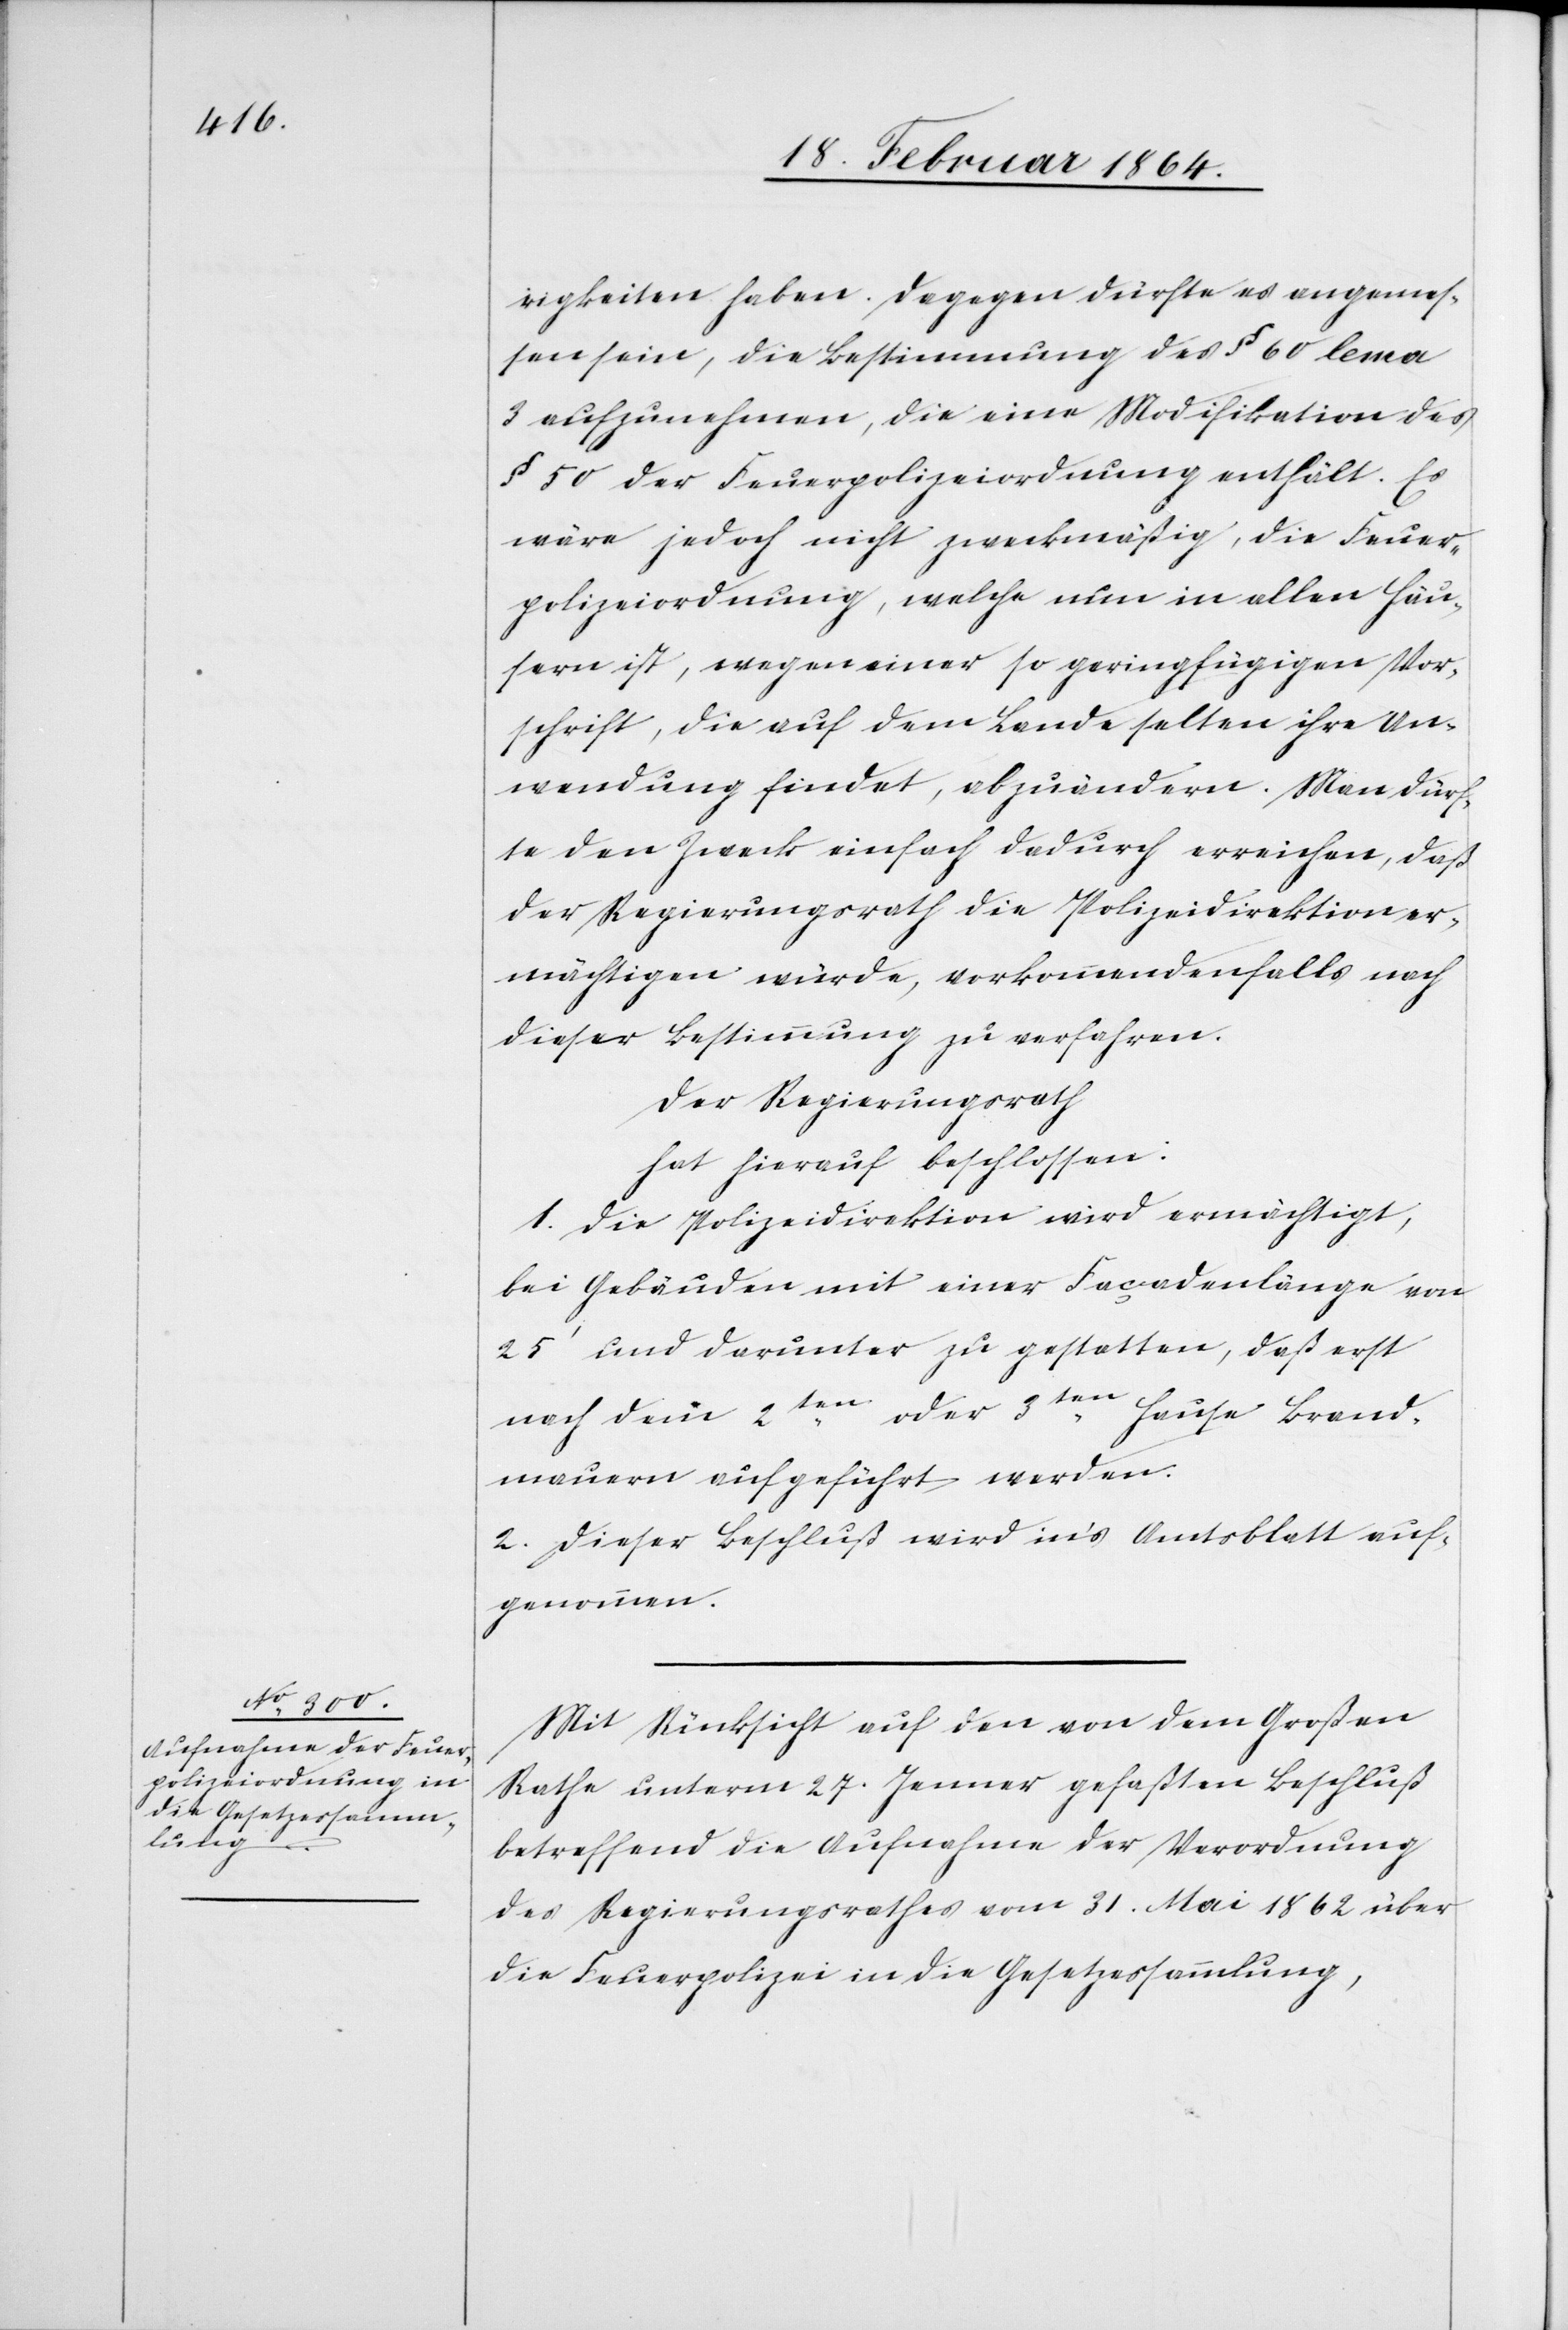
rigkeiten haben. Dagegen dürfte es angemes¬
sen sein, die Bestimmung des § 60 lema
3 aufzunehmen, die eine Modifikation des
§ 50 der Feuerpolizeiordnung enthält. Es
wäre jedoch nicht zweckmäßig, die Feuer¬
polizeiordnung, welche nun in allen Häu¬
sern ist, wegen einer so geringfügigen Vor¬
schrift, die auf dem Lande selten ihre An¬
wendung findet, abzuändern. Man dürf¬
te den Zweck einfach dadurch erreichen, daß
der Regierungsrath die Polizeidirektion er¬
mächtigen würde, vorkommendenfalls nach
dieser Bestimmung zu verfahren.
Der Regierungsrath
hat hierauf beschlossen:
1. Die Polizeidirektion wird ermächtigt,
bei Gebäuden mit einer Façadenlänge von
25’ und darunter zu gestatten, daß erst
nach dem 2ten oder 3ten Hause Brand¬
mauern aufgeführt werden.
2. Dieser Beschluß wird in’s Amtsblatt auf¬
genommen.
Mit Rücksicht auf den von dem Großen
Rathe unterm 27. Januar gefaßten Beschluß
betreffend die Aufnahme der Verordnung
des Regierungsrathes vom 31. Mai 1862 über
die Feuerpolizei in die Gesetzessammlung,